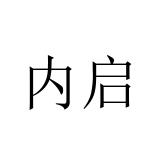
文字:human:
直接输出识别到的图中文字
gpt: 内启